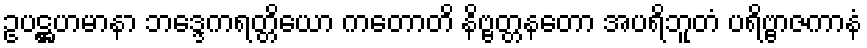
ဥပဋ္ဌဟမာနာ ဘဒ္ဒေကရတ္တိယော ကတောတိ နိဗ္ဗတ္တနတော အပရိဘူတံ ပရိဗ္ဗာဇကာနံ